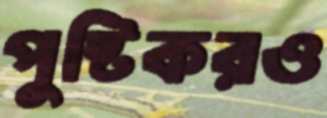
পুষ্টিকরও